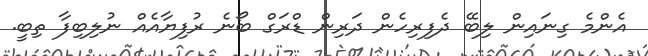
އެންމެ ގިނައިން ލިބޭ ދެފިރިހެން ދަރިން ޑްރަގް ބޯނެ ރުފިޔާއެއް ނުލިބިފާ ތިބީ.